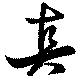
真